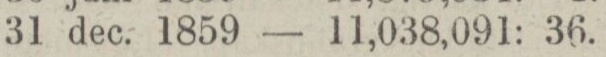
„ 31 dec. 1859 — 11,038,091: 36.